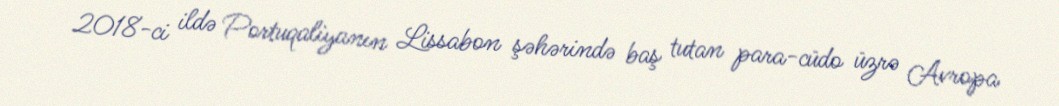
2018-ci ildə Portuqaliyanın Lissabon şəhərində baş tutan para-cüdo üzrə Avropa